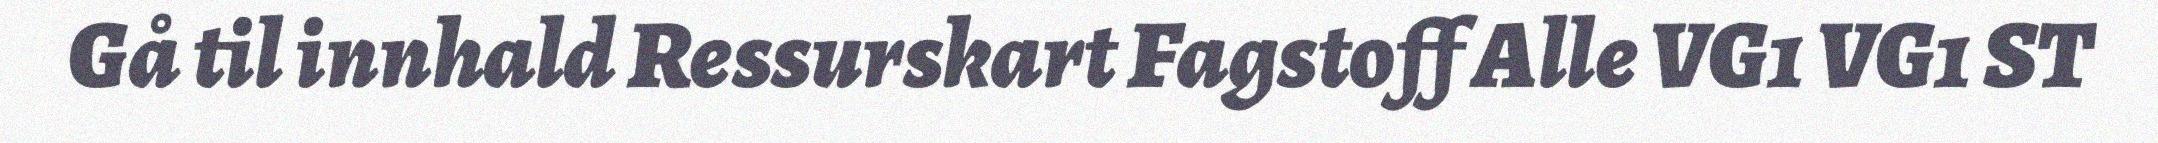
Gå til innhald Ressurskart Fagstoff Alle VG1 VG1 ST